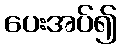
ပေးအပ်၍